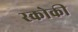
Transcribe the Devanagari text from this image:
स्‍कोकी